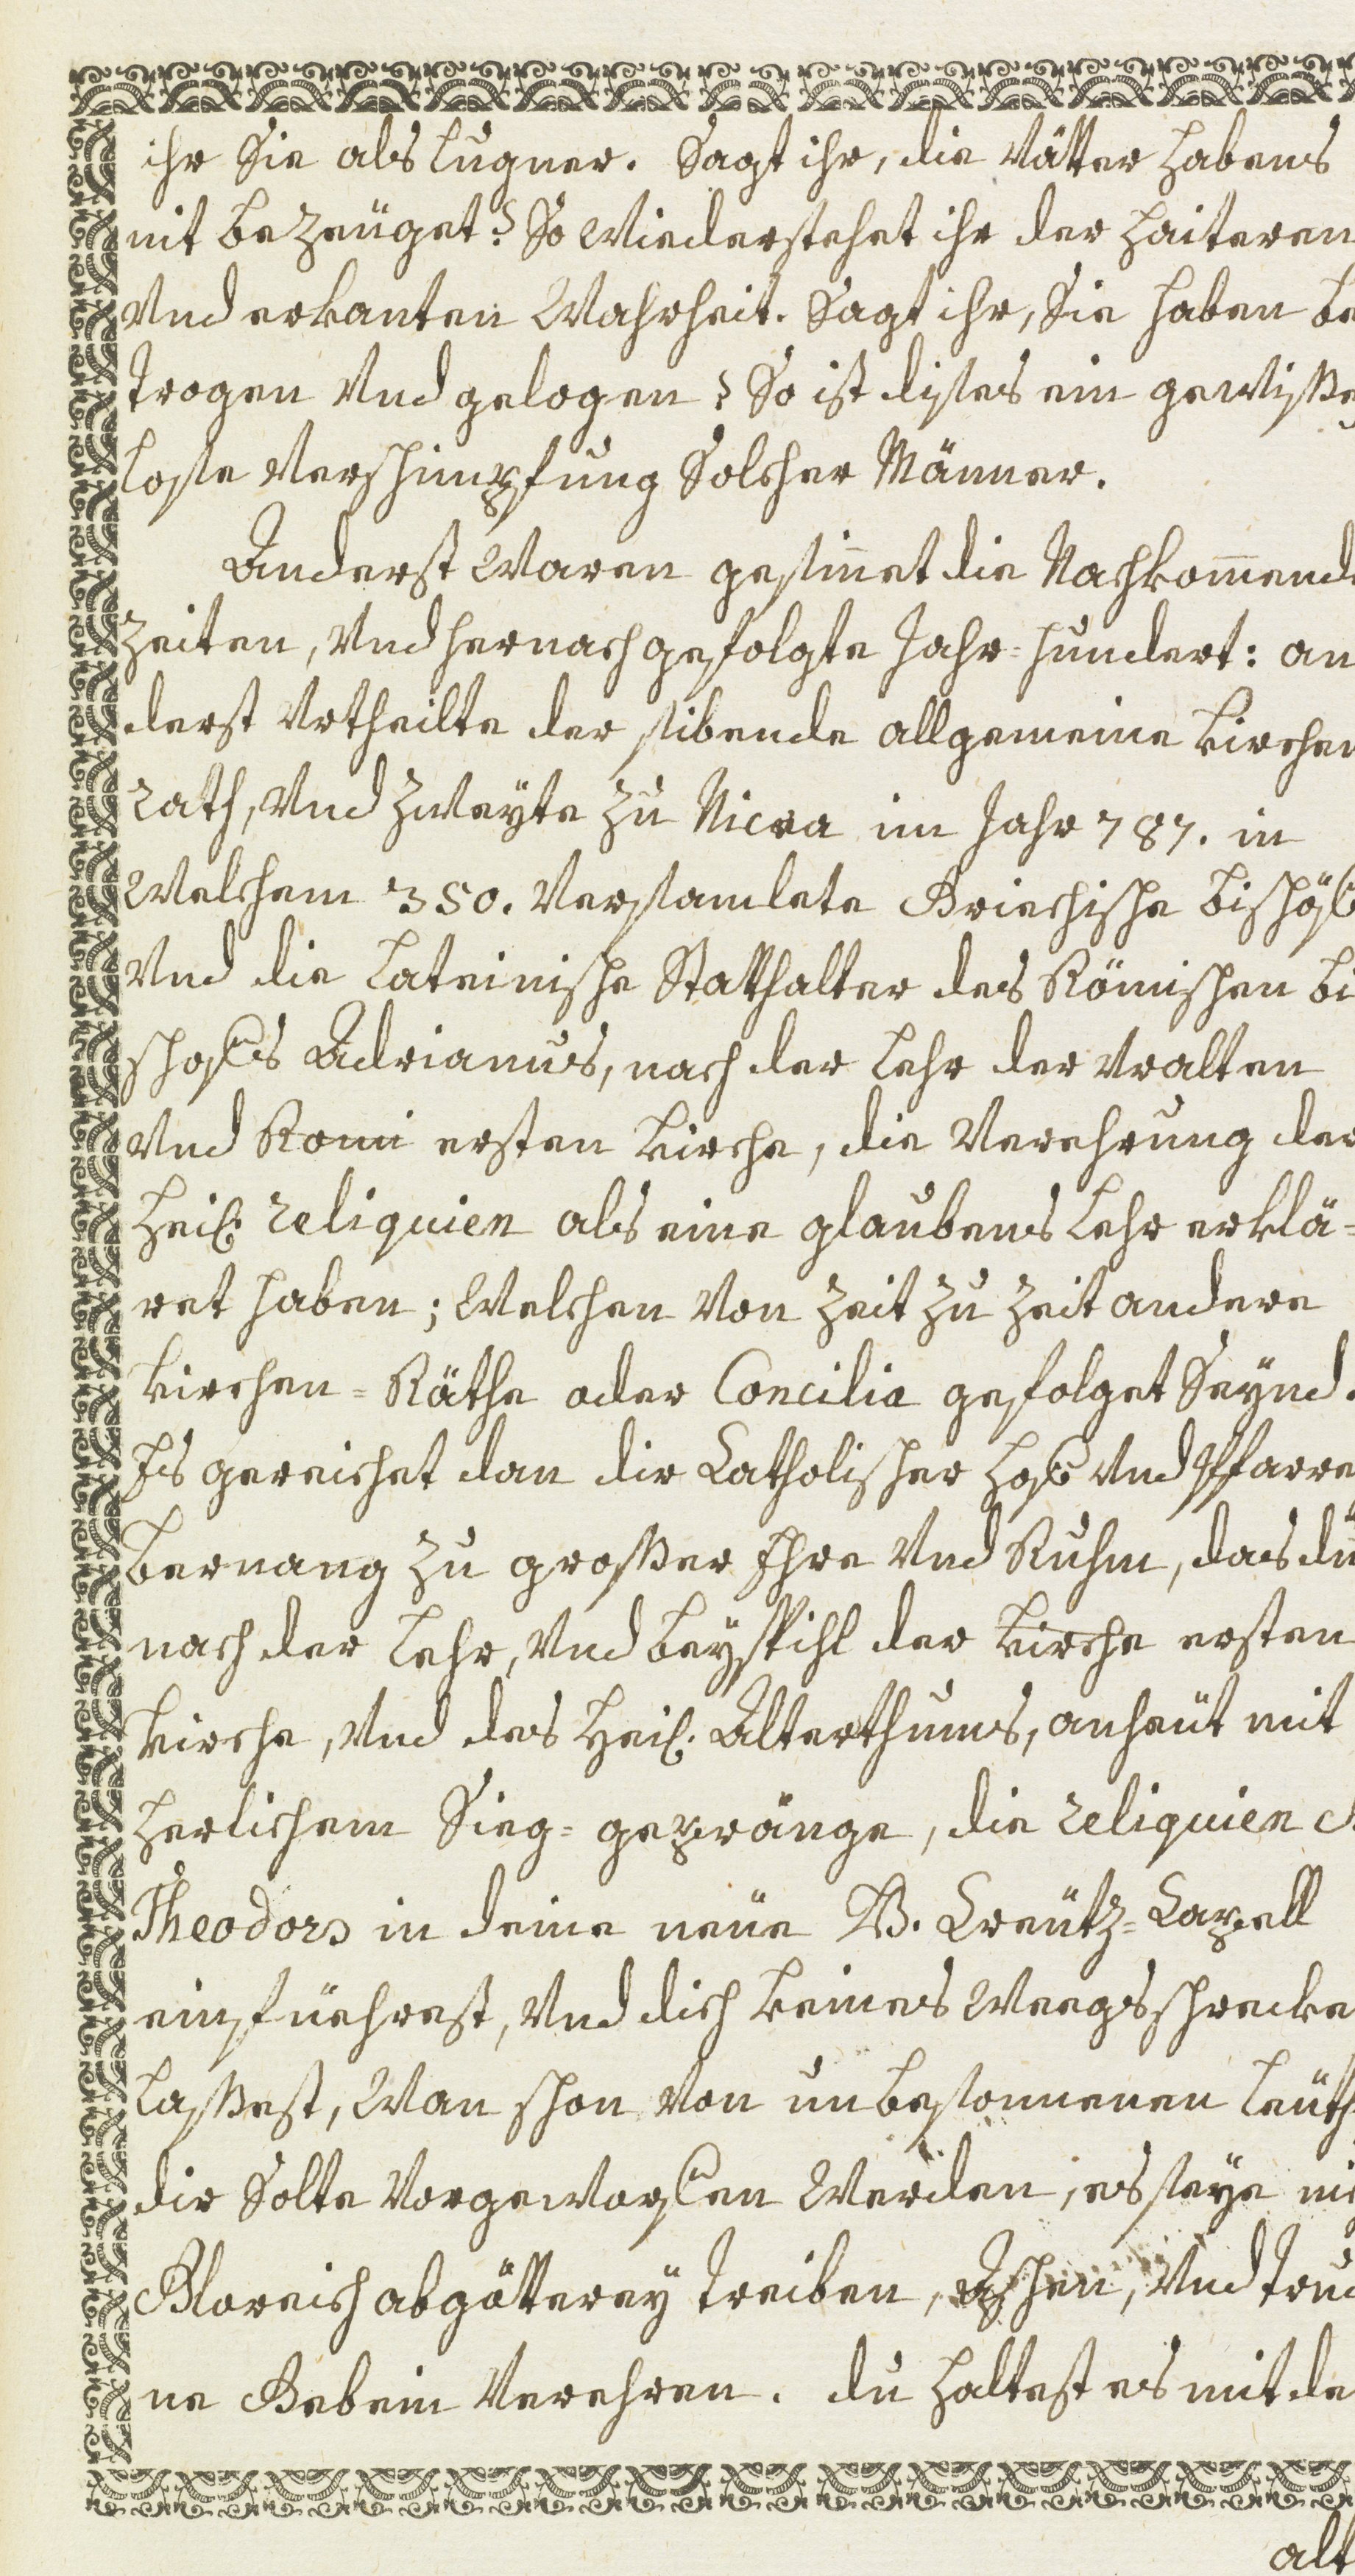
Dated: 1600–1699